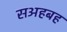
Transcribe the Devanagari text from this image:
सअहबह